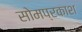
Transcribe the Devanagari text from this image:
सोमप्रकाश